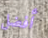
أفضل